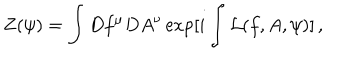
Z ( \psi ) = \int D f ^ { \mu } D A ^ { \nu } \exp [ i \int { \cal L } ( f , A , \psi ) ] \, ,